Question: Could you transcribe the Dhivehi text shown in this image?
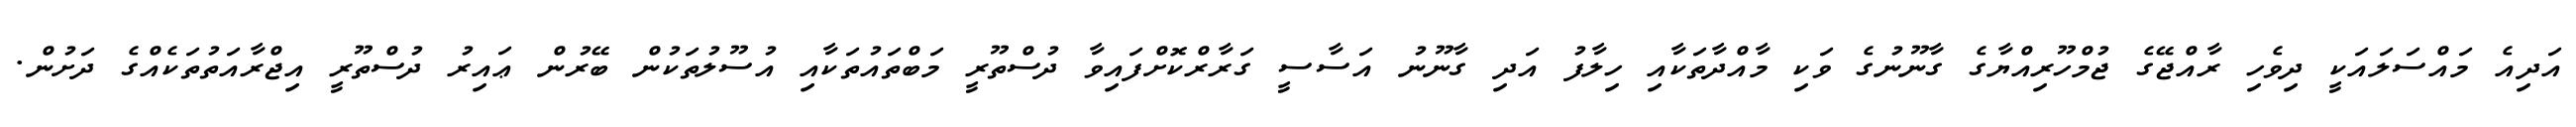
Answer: އަދިއެ މައްސަލައަކީ ދިވެހި ރާއްޖޭގެ ޖުމްހޫރިއްޔާގެ ގާނޫނުގެ ވަކި މާއްދާތަކާއި ހިލާފު އަދި ގާނޫނު އަސާސީ ގަރާރްކޮށްފައިވާ ދުސްތޫރީ މަބްތައުތަކާއި އުސޫލުތަކުން ބޭރުން ޢައިރު ދުސްތޫރީ އިޖްރާއަތުތަކެއްގެ ދަށުން.